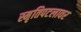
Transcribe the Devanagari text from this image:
स्मृतिपटलावर